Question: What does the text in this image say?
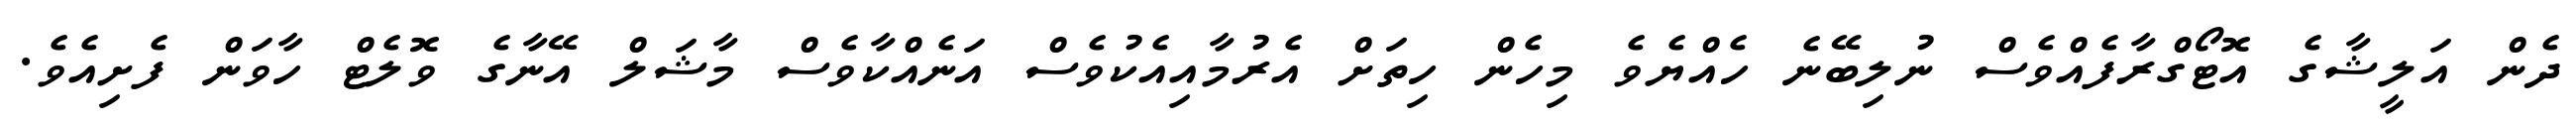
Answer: ދެން އަލީޝާގެ އޮޓޯގްރާފެއްވެސް ނުލިބޭނެ ހެއްޔެވެ މިހެން ހިތަށް އެރުމާއިއެކުވެސް އަނެއްކާވެސް މާޝަލް އޭނާގެ ވޮލެޓް ހާވަން ފެށިއެވެ.